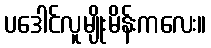
ပဒေါင်လူမျိုးမိန်းကလေး။